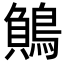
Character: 𪃓